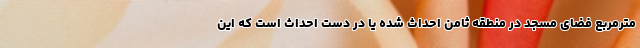
مترمربع فضای مسجد در منطقه ثامن احداث شده یا در دست احداث است که این